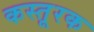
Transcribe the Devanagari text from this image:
कस्तूरक